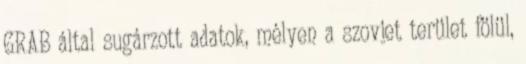
GRAB által sugárzott adatok, mélyen a szovjet terület fölül,